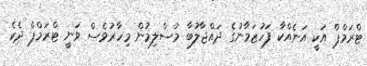
ޓްރަމްޕް އަކީ އަނެއްކާ ފަހުޒަމާނުގެ ދައްޖާލުބާ މުސްލިމުން މިހާރުވެސް ވަނީ ޓްރަމްޕް ދެކެ